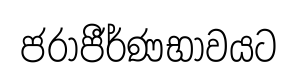
ජරාජීර්ණභාවයට